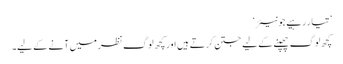
’تیار رہیے جونیئر‘
کچھ لوگ چھپنے کے لیے جتن کرتے ہیں اور کچھ لوگ نظر میں آنے کے لیے۔